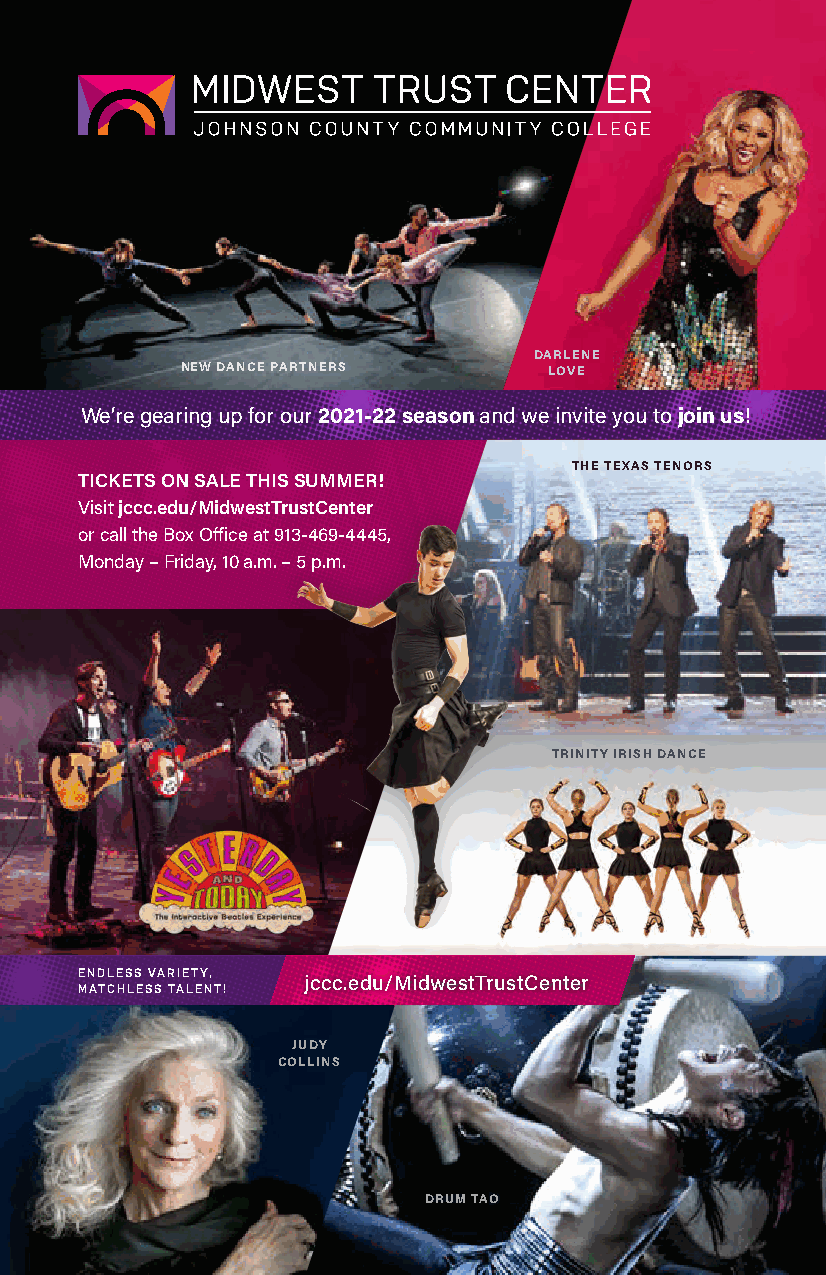
DARLENE
 NEW DANCE PARTNERS      LOVE
 We’re gearing up for our 2021-22 season and we invite you to join us!
 THE TEXAS TENORS
 TICKETS ON SALE THIS SUMMER!
 Visit jccc.edu/MidwestTrustCenter
 or call the Box Office at 913-469-4445,
 Monday – Friday, 10 a.m. – 5 p.m.
 TRINITY IRISH DANCE
 ENDLESS VARIETY,
 jccc.edu/MidwestTrustCenter
 MATCHLESS TALENT!
 JUDY
 COLLINS
 DRUM TAO